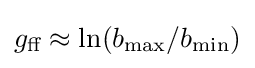
g_{\text{ff}}\approx \ln(b_{\text{max}}/b_{\text{min}})